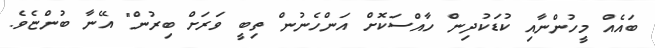
ބައެއް މީހުންނާއި ކުޑަކުދިން ހާއްސަކޮށް އަންހެނުން ތިބީ ވަރަށް ބިރުން" އޭނާ ބުންޏެވެ.